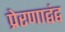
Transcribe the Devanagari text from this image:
प्रेरणाद्वंद्व